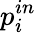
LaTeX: p_{i}^{in}